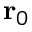
\mathbf { r } _ { 0 }